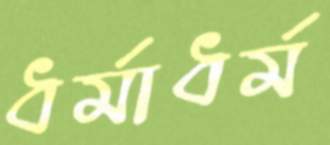
ধর্মাধর্ম